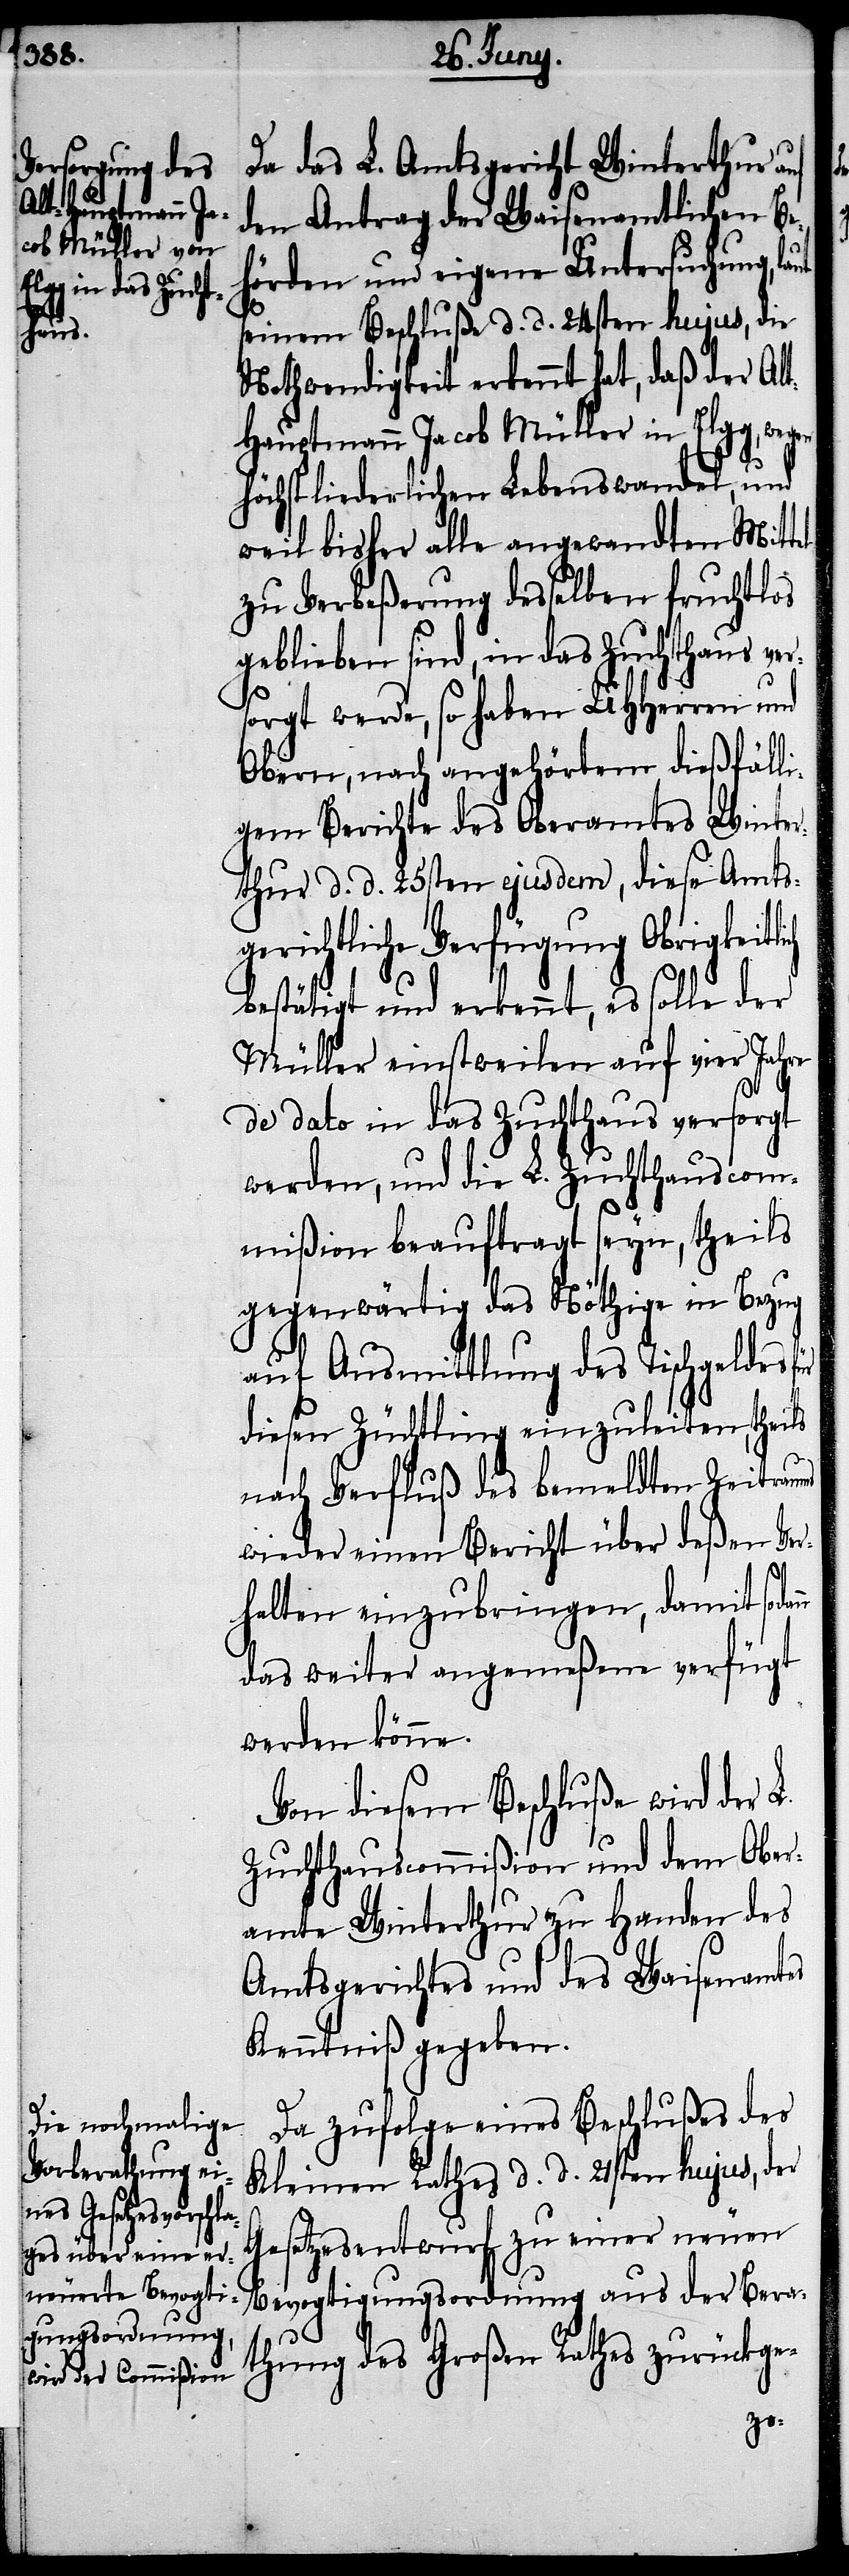
ann

Da das L. Amtsgericht Winterthur auf
den Antrag der Waisenamtlichen Be¬
hörden und eigene Untersuchung, l¬
seinem Beschluße d. d. 24sten hujus, die
Nothwendigkeit erkennt hat, daß der Al¬
auptmann Jacob Müller in Elgg,
höchst liederlichen Lebenswandel, und
weil bisher alle angewandten Mittel
zu Verbeßerung desselben fruchtlos
geblieben sind, in das Zuchthaus ver¬
sorgt werde, so haben UHHerren und
Obern, nach angehörtem dießfälli¬
gem Berichte des Oberamtes Winter¬
thur d. d. 25sten ejusdem, diese Amts¬
gerichtliche Verfügung Obrigkeit¬
bestätigt und erkennt, es solle der
Müller einstweilen auf vier Jahre
de dato in das Zuchthaus versorgt
werden, und die L. Zuchthauscom¬
mißion beauftragt seyn, theils
gegenwärtig das Nöthige in Bezug
auf Ausmittlung des Tischgeldes
diesen Züchtling einzuleiten, theils
nach Verfluß des bemeldten Zeitraums
wieder einem Bericht über deßen Ver¬
halten einzubringen, damit sod¬
das weiter angemeßene verfügt
werden könne.
Von diesem Beschluße wird der L.
Zuchthauscommißion und dem Ober¬
amte Winterthur zu Handen des
Amtsgerichtes und des Waisenamtes
Kenntniß gegeben.
Da zufolge eines Beschlußes des
Kleinen Rathes d. d. 21sten hujus, der
Gesetzesentwurf zu einer neuen
Bevogtigungsordnung aus der Bera¬
thung des Großen Rathes zurückge-